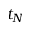
t _ { N }